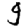
Digit: 9